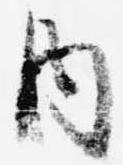
内